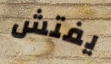
يفتش